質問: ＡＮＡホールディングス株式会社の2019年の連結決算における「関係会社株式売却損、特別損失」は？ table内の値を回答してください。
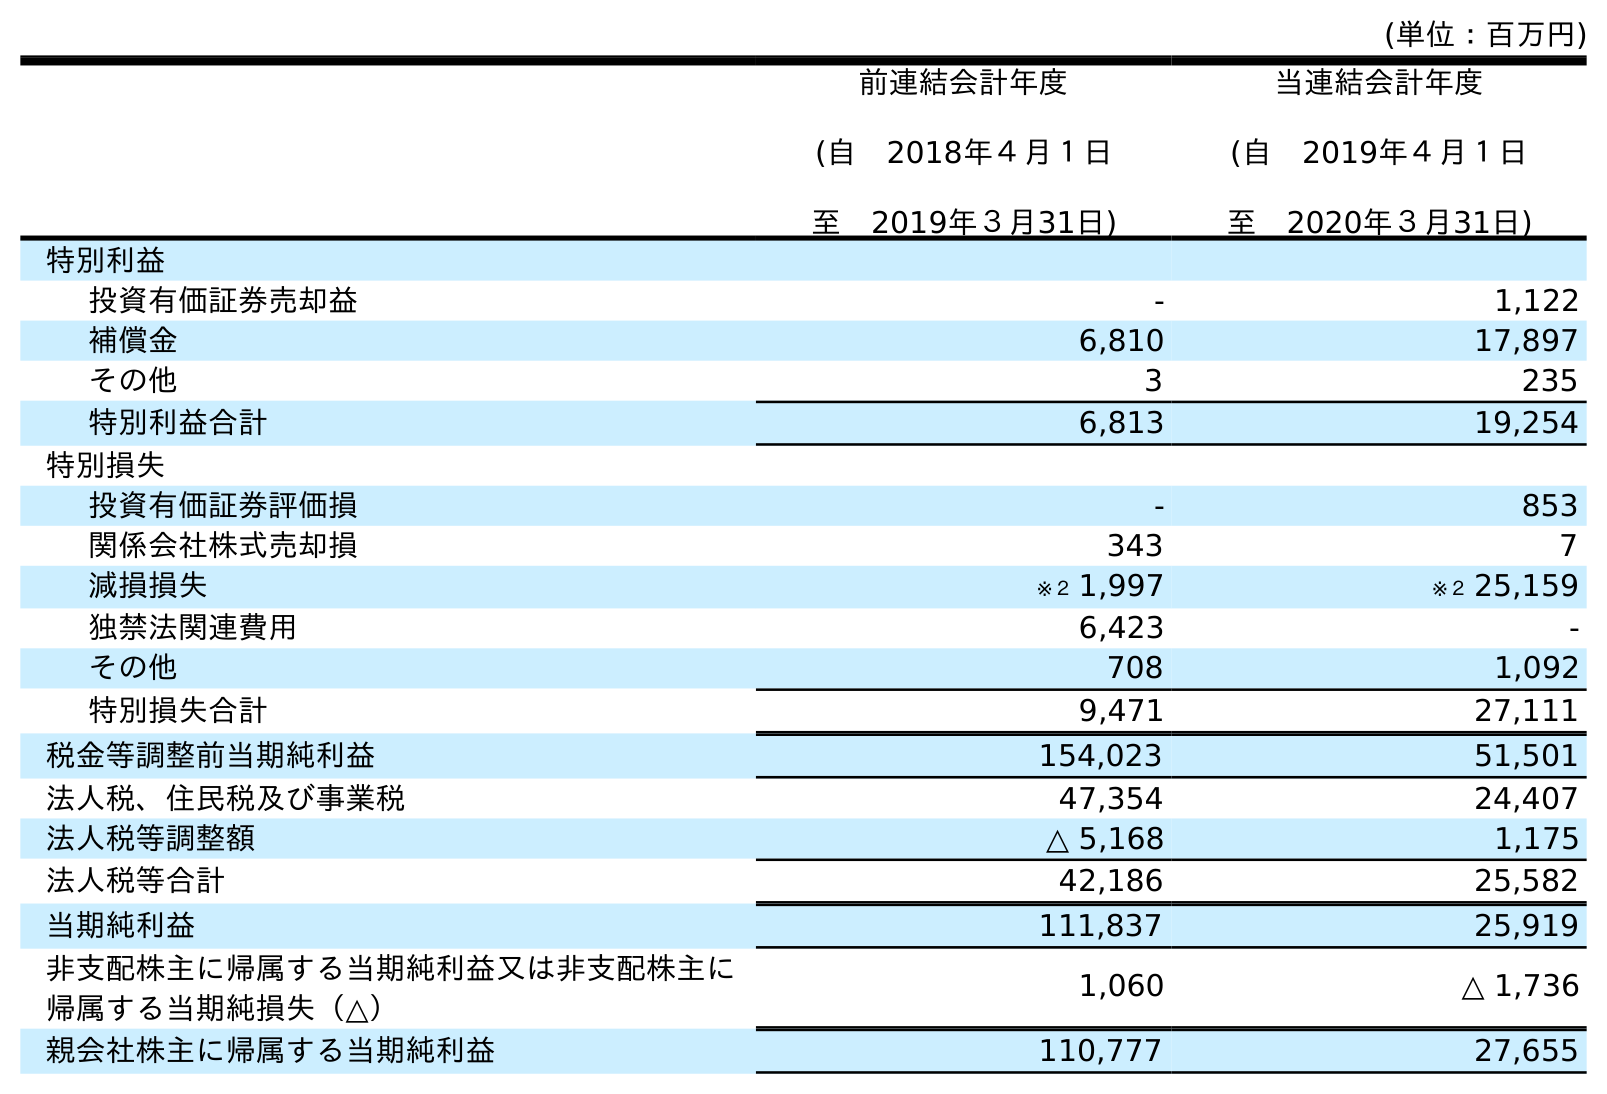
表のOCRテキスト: (単位：百万円) 前連結会計年度 (自 2018年４月１日 至 2019年３月31日) 当連結会計年度 (自 2019年４月１日 至 2020年３月31日) 特別利益 投資有価証券売却益 - 1,122 補償金 6,810 17,897 その他 3 235 特別利益合計 6,813 19,254 特別損失 投資有価証券評価損 - 853 関係会社株式売却損 343 7 減損損失 ※２ 1,997 ※２ 25,159 独禁法関連費用 6,423 - その他 708 1,092 特別損失合計 9,471 27,111 税金等調整前当期純利益 154,023 51,501 法人税、住民税及び事業税 47,354 24,407 法人税等調整額 △ 5,168 1,175 法人税等合計 42,186 25,582 当期純利益 111,837 25,919 非支配株主に帰属する当期純利益又は非支配株主に 帰属する当期純損失（△） 1,060 △ 1,736 親会社株主に帰属する当期純利益 110,777 27,655
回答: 343